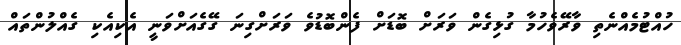
ހުއްޓުމެއްނެތި ވާރޭވެހުމާ ގުޅިގެން ވަރަށް ބޮޑަށް ފެންބޮޑުވެ ވަރަށްގިނަ ގޭގެއަށްވަނީ އެކިއެކި ގެއްލުންތައް